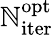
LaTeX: \mathbb{N}_{\mathrm{{iter}}}^{\mathrm{{opt}}}